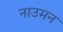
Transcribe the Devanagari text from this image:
नाउमन